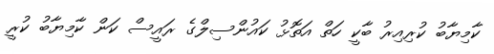
ކާމިޔާބު ކުރިއިރު ބާކީ ހަތް އަތޮޅު ކައުންސިލްގެ ރައީސް ކަން ކާމިޔާބު ކުރީ